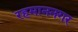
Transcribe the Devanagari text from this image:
रहमाननगर